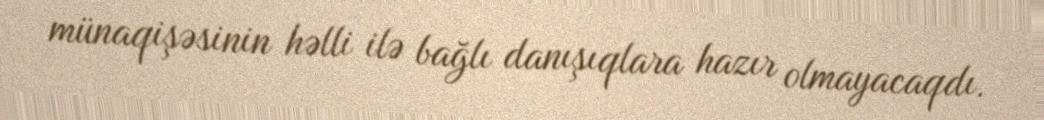
münaqişəsinin həlli ilə bağlı danışıqlara hazır olmayacaqdı.